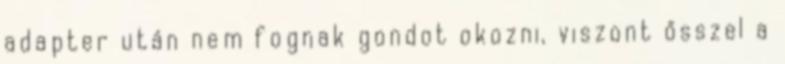
adapter után nem fognak gondot okozni, viszont ősszel a